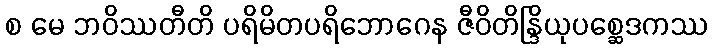
စ မေ ဘဝိဿတီတိ ပရိမိတပရိဘောဂေန ဇီဝိတိန္ဒြိယုပစ္ဆေဒကဿ